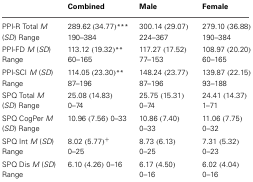
|  | Combined | Male | Female |
 | --- | --- | --- | --- |
 | PPI-R Total M (SD) Range | 289.62 (34.77)*** 190–384 | 300.14 (29.07) 224–367 | 279.10 (36.88) 190–384 |
 | PPI-FD M (SD) Range | 113.12 (19.32)** 60–165 | 117.27 (17.52) 77–153 | 108.97 (20.20) 60–165 |
 | PPI-SCI M (SD) Range | 114.05 (23.30)** 87–196 | 148.24 (23.77) 87–196 | 139.87 (22.15) 93–188 |
 | SPQ Total M (SD) Range | 25.08 (14.83) 0–74 | 25.75 (15.31) 0–74 | 24.41 (14.37) 1–71 |
 | SPQ CogPer M (SD) Range | 10.96 (7.56) 0–33 | 10.86 (7.40) 0–33 | 11.06 (7.75) 0–32 |
 | SPQ Int M (SD) Range | 8.02 (5.77)+ 0–25 | 8.73 (6.13) 0–25 | 7.31 (5.32) 0–23 |
 | SPQ Dis M (SD) Range | 6.10 (4.26) 0–16 | 6.17 (4.50) 0–16 | 6.02 (4.04) 0–16 |